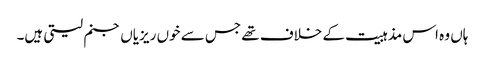
ہاں وہ اس مذہبیت کے خلاف تھے جس سے خوں ریزیاں جنم لیتی ہیں۔